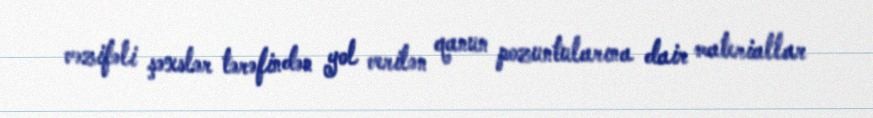
vəzifəli şəxslər tərəfindən yol verilən qanun pozuntularına dair materiallar